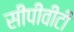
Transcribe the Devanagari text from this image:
सीपीवीटी